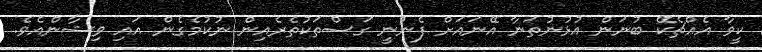
ކީވާ އެއްޗެކޭ ބުނަން އުޅުނުތަނާ އޭނައަށް ފެނުނީ ގަސްތަކުތެރެއިން ނުކުމެގެން އައި ވިޝާންއެވެ.